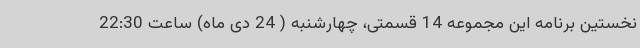
نخستین برنامه این مجموعه 14 قسمتی، چهارشنبه ( 24 دی ماه) ساعت 22:30